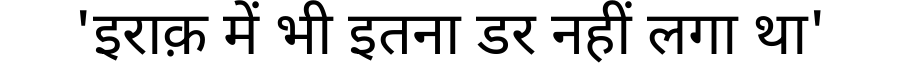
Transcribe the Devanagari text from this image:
'इराक़ में भी इतना डर नहीं लगा था'